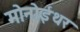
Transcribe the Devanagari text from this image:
मोनोईथर